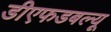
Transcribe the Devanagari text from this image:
डीएफडबल्‍यू